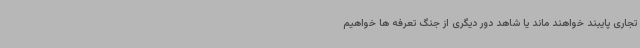
تجاری پایبند خواهند ماند یا شاهد دور دیگری از جنگ تعرفه ها خواهیم